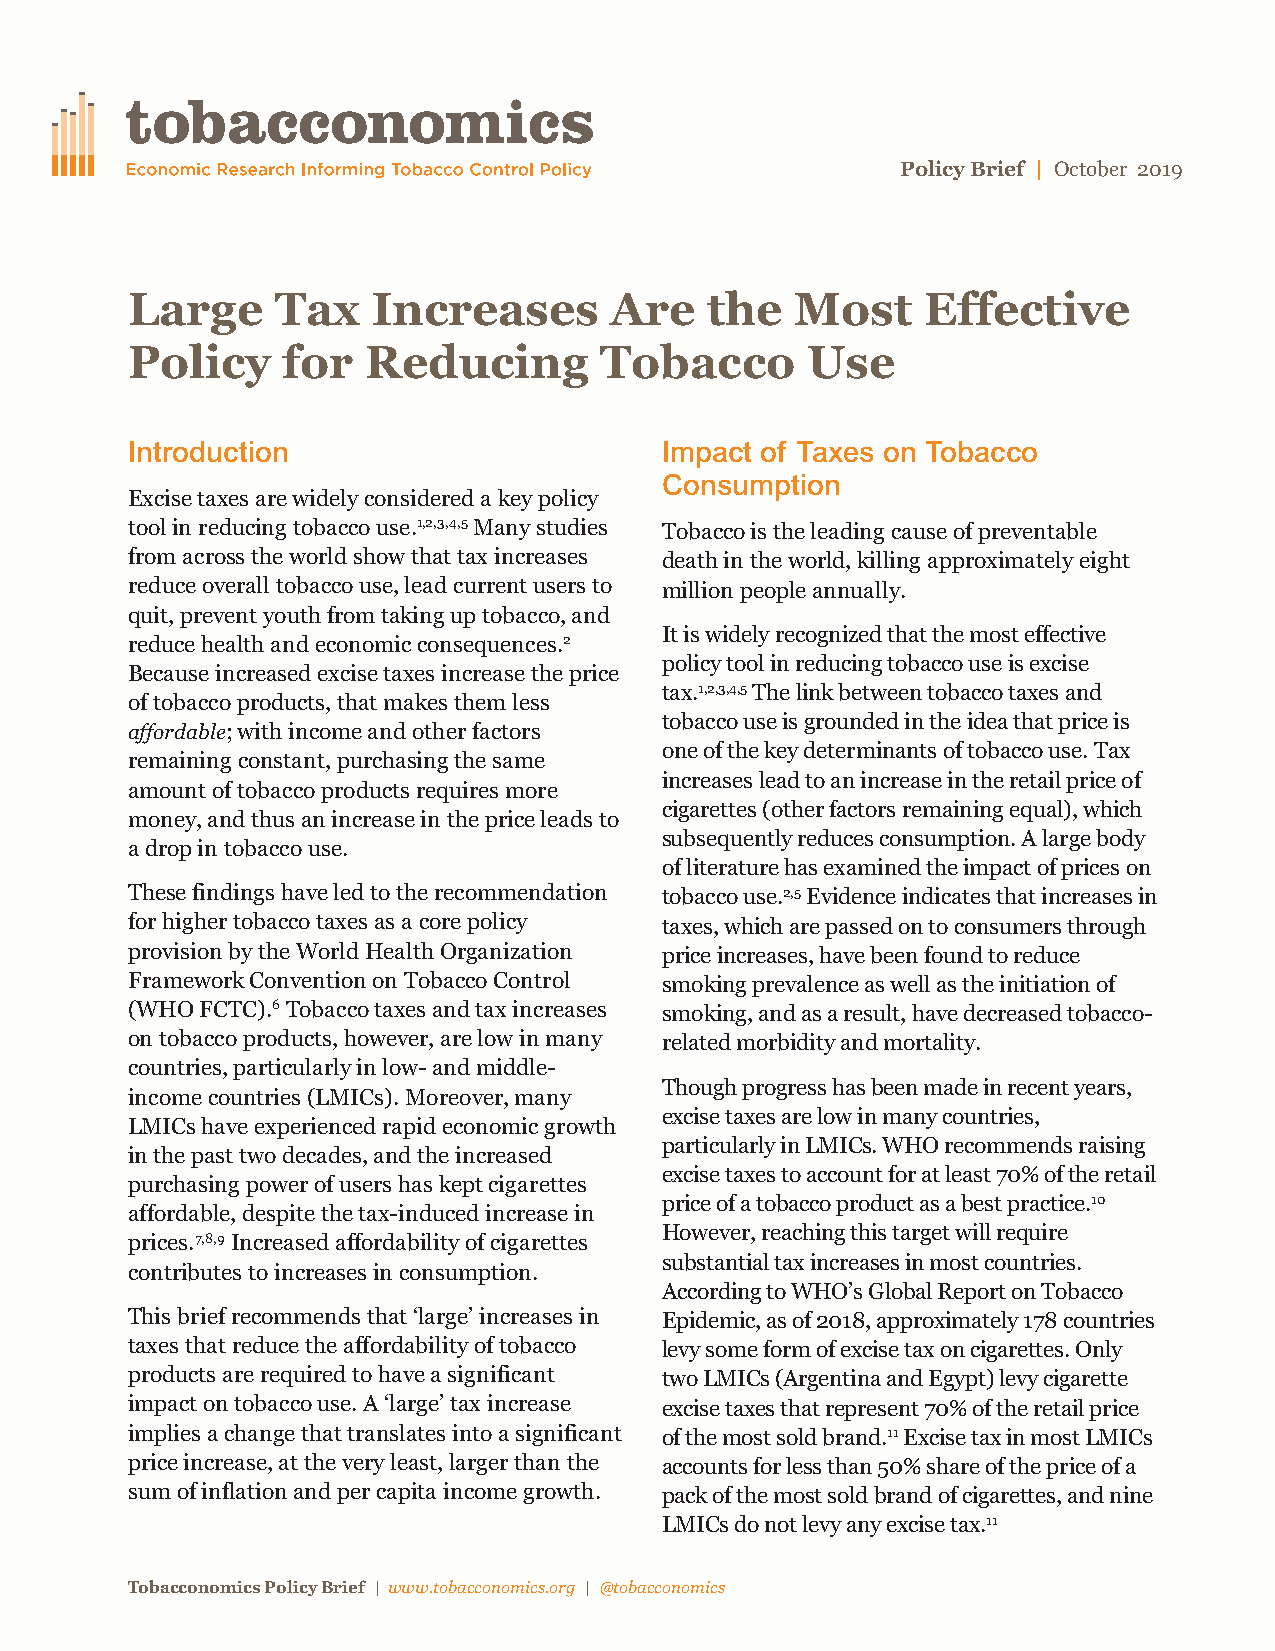
October
 Policy Brief | 2019
 Large     Tax    Increases      Are    the   Most    Effective
 Policy     for  Reducing        Tobacco      Use
 Introduction                        Impact of Taxes on Tobacco
 Consumption
 Excise taxes are widely considered a key policy
 tool in reducing tobacco use.1,2,3,4,5Many studies Tobacco is the leading cause of preventable
 from across the world show that tax increases death in the world, killing approximately eight
 reduce overall tobacco use, lead current users to million people annually.
 quit, prevent youth from taking up tobacco, and
 reduce health and economic consequences.2 It is widely recognized that the most effective
 policy tool in reducing tobacco use is excise
 Because increased excise taxes increase the price
 tax.1,2,3,4,5The link between tobacco taxes and
 of tobacco products, that makes them less
 tobacco use is grounded in the idea that price is
 affordable; with income and other factors
 one of the key determinants of tobacco use. Tax
 remaining constant, purchasing the same
 increases lead to an increase in the retail price of
 amount of tobacco products requires more
 cigarettes (other factors remaining equal), which
 money, and thus an increase in the price leads to
 subsequently reduces consumption. A large body
 a drop in tobacco use.
 of literature has examined the impact of prices on
 These findings have led to the recommendation tobacco use.2,5Evidence indicates that increases in
 for higher tobacco taxes as a core policy taxes, which are passed on to consumers through
 provision by the World Health Organization price increases, have been found to reduce
 Framework Convention on Tobacco Control smoking prevalence as well as the initiation of
 (WHO FCTC).6Tobacco taxes and tax increases smoking, and as a result, have decreased tobacco-
 on tobacco products, however, are low in many related morbidity and mortality.
 countries, particularly in low- and middle-
 Though progress has been made in recent years,
 income countries (LMICs). Moreover, many
 excise taxes are low in many countries,
 LMICs have experienced rapid economic growth
 particularly in LMICs. WHO recommends raising
 in the past two decades, and the increased
 excise taxes to account for at least 70% of the retail
 purchasing power of users has kept cigarettes
 price of a tobacco product as a best practice.10
 affordable, despite the tax-induced increase in
 prices.7,8,9Increased affordability of cigarettes However, reaching this target will require
 substantial tax increases in most countries.
 contributes to increases in consumption.
 According to WHO’s Global Report on Tobacco
 This brief recommends that ‘large’ increases in Epidemic, as of 2018, approximately 178 countries
 taxes that reduce the affordability of tobacco levy some form of excise tax on cigarettes. Only
 products are required to have a significant two LMICs (Argentina and Egypt) levy cigarette
 impact on tobacco use. A ‘large’ tax increase excise taxes that represent 70% of the retail price
 implies a change that translates into a significant of the most sold brand.11Excise tax in most LMICs
 price increase, at the very least, larger than the accounts for less than 50% share of the price of a
 sum of inflation and per capita income growth. pack of the most sold brand of cigarettes, and nine
 LMICs do not levy any excise tax.11
 Tobacconomics Policy Brief | www.tobacconomics.org | @tobacconomics